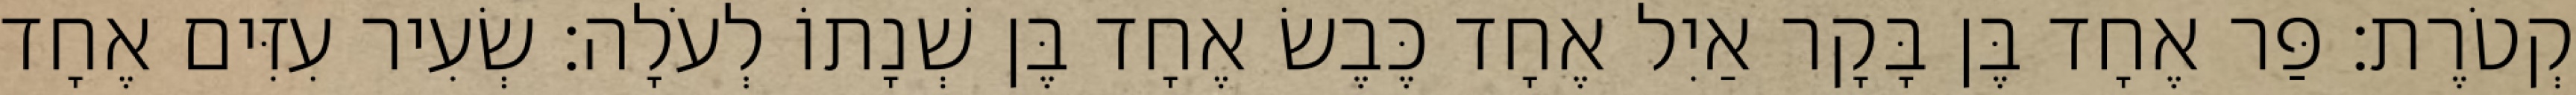
קְטֹרֶת׃ פַּר אֶחָד בֶּן בָּקָר אַיִל אֶחָד כֶּבֶשׂ אֶחָד בֶּן שְׁנָתוֹ לְעֹלָה׃ שְׂעִיר עִזִּים אֶחָד